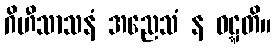
ဂိဟီသာသနံ အညေသံ န ဝဋ္ဋတိ။